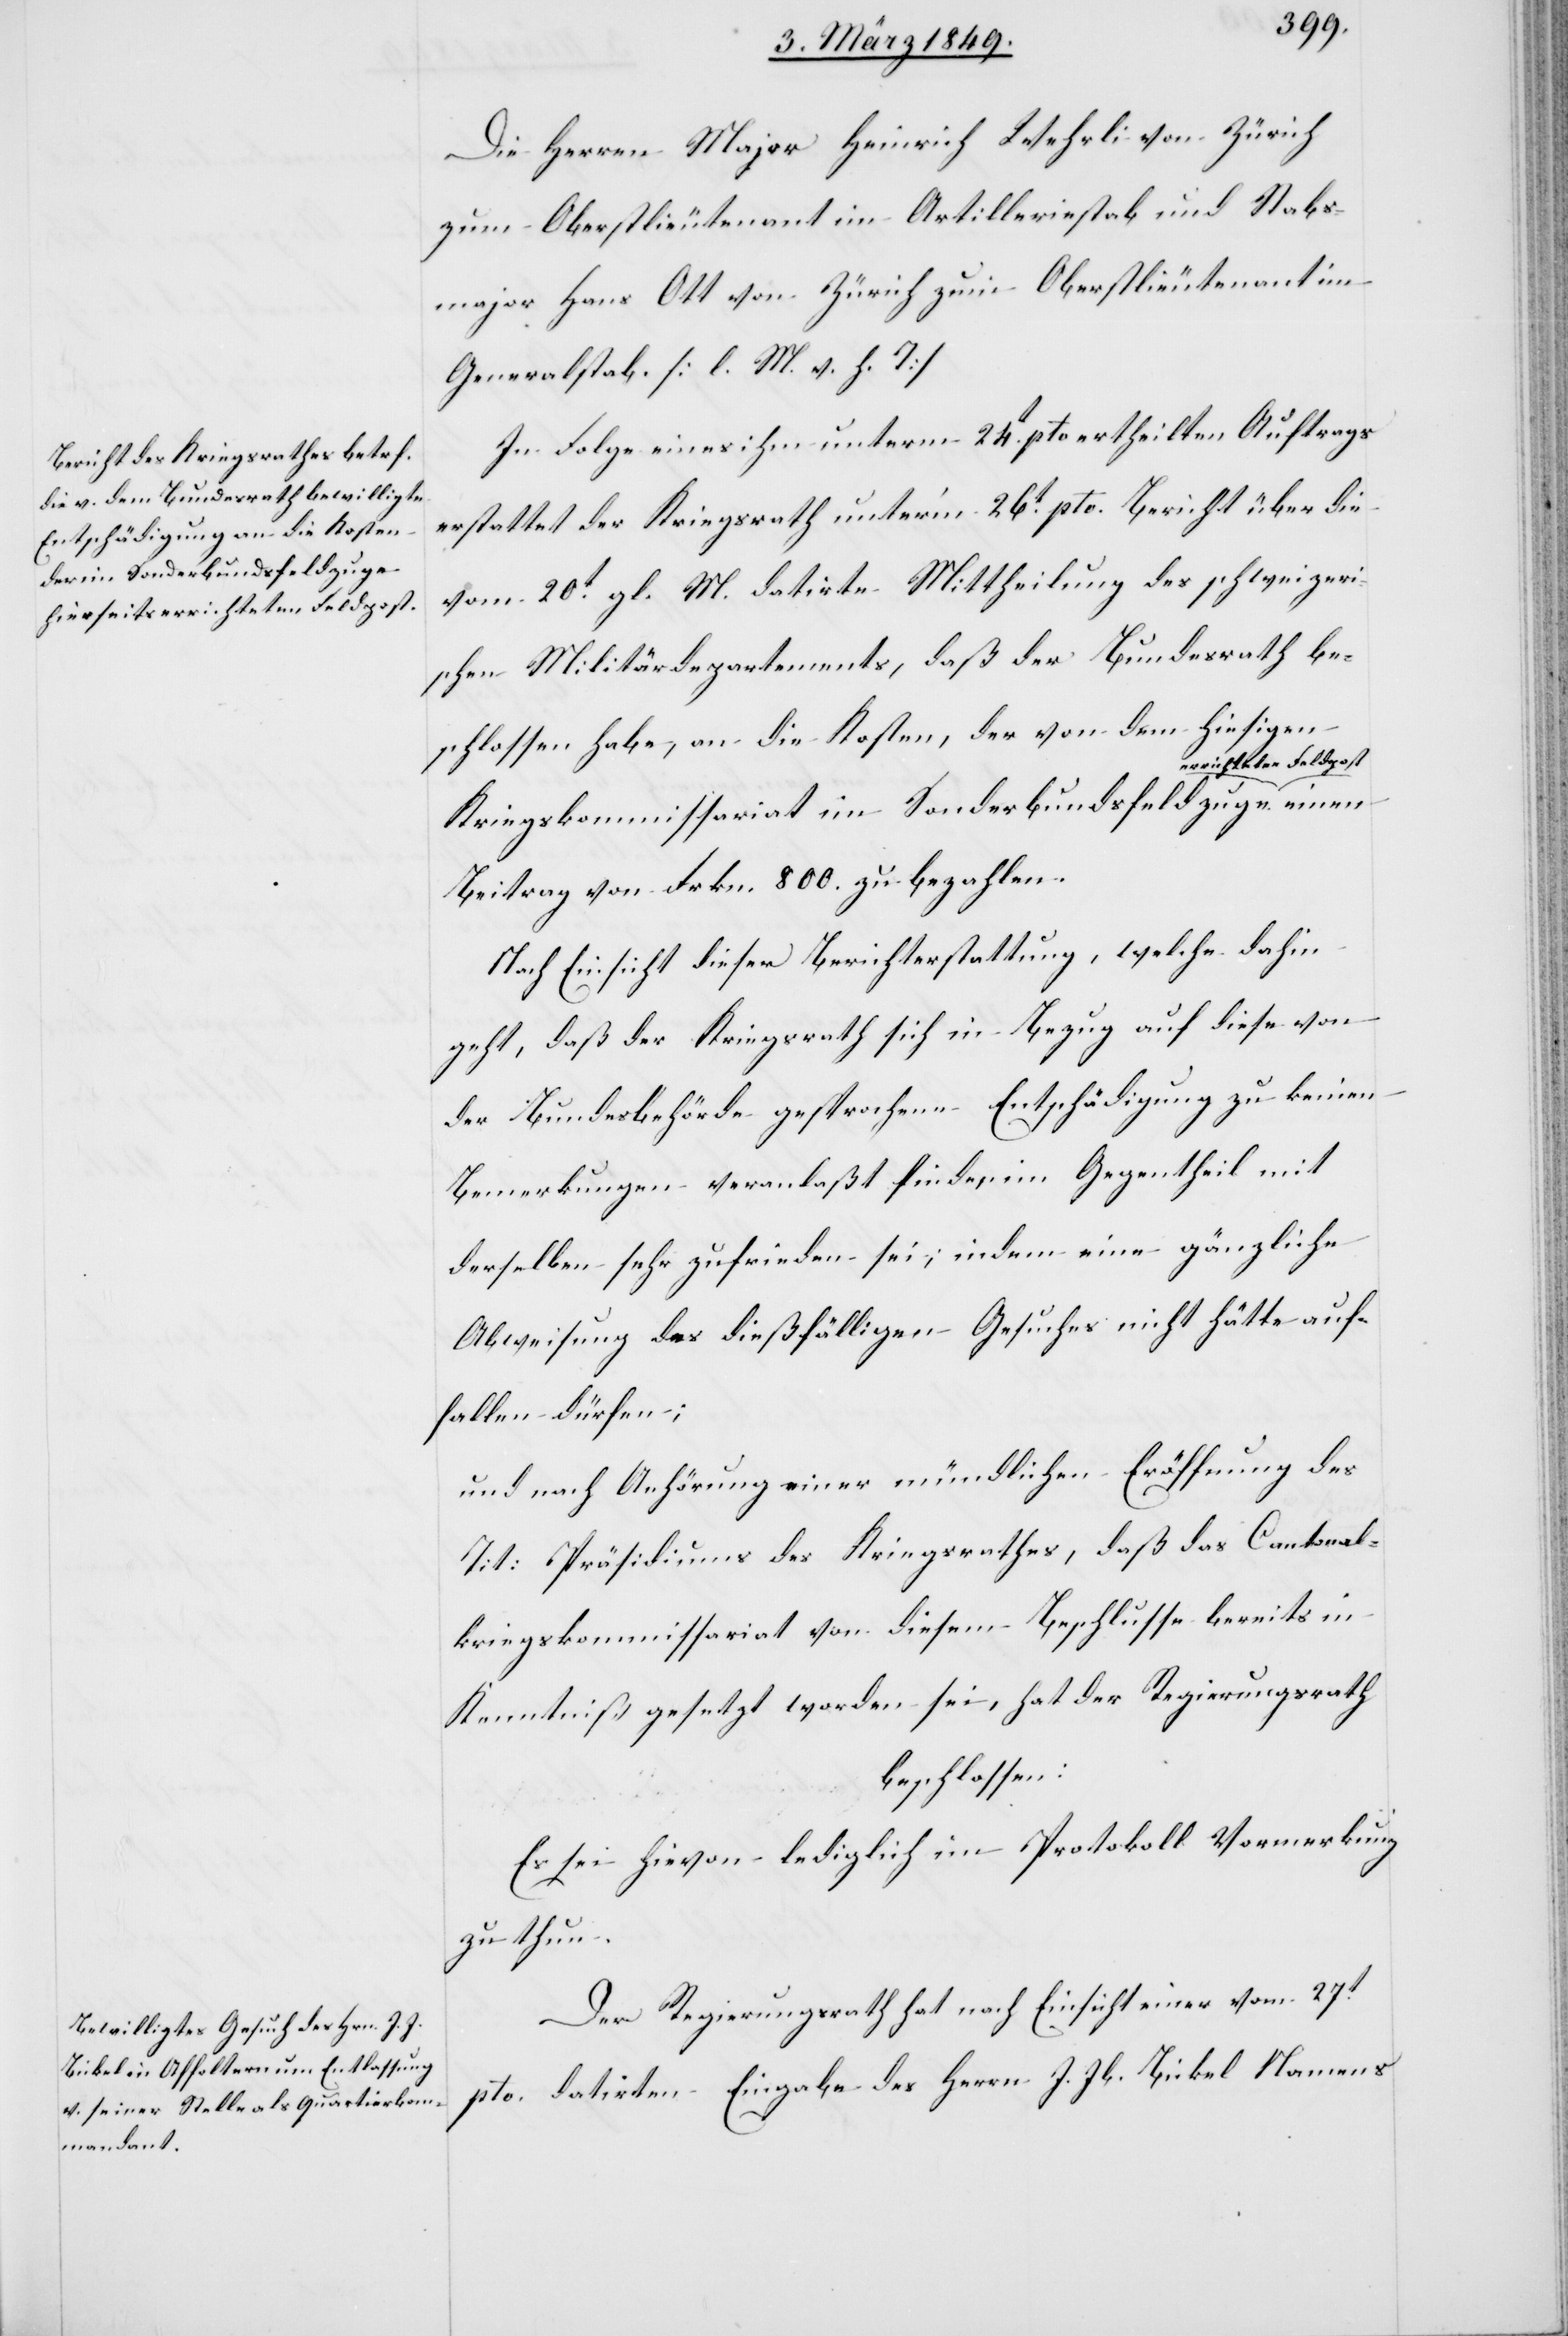
Die Herren Major Heinrich Wehrli von Zürich
zum Oberstlieutenant im Artilleriestab und Stabs¬
major Hans Ott von Zürich zum Oberstlieutenant im
Generalstab. [l. M. v. h. T]
In Folge eines ihm unterm 24t. pto ertheilten Auftrags
erstattet der Kriegsrath unter’m 26t. pto. Bericht über die
vom 20t. gl. M. datirte Mittheilung des schweizeri¬
schen Militärdepartements, daß der Bundesrath be¬
schlossen habe, an die Kosten, der von dem hiesigen
rrichteten Feldpost
Kriegskommissariat im Sonderbundsfeldzuge e¬
Beitrag von Frkn. 800. zu bezahlen.
Nach Einsicht dieser Berichterstattung, welche dahin
geht, daß der Kriegsrath sich in Bezug auf diese von
der Bundesbehörde gesprochene Entschädigung zu keinen
Bemerkungen veranlaßt finde, im Gegentheil mit
derselben sehr zufrieden sei; indem eine gänzliche
Abweisung des dießfälligen Gesuches nicht hätte auf¬
fallen düfen;
und nach Anhörung einer mündlichen Eröffnung des
Tit: Präsidiums des Kriegsrathes, daß das Cantonal¬
kriegskommissariat von diesem Beschlusse bereits in
Kenntniß gesetzt worden sei, hat der Regierungsrath
beschlossen:
Es sei hievon lediglich im Protokoll Vormerkung
zu thun.
Der Regierungsrath hat nach Einsicht einer vom 27t.
pto. datirten Eingabe des Herrn J. Jb. Bickel Namens